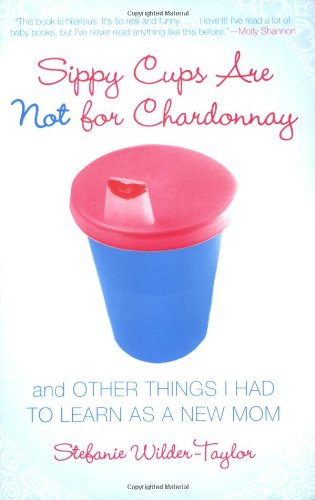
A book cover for Sippy Cups Are Not for Chardonnay: And Other Things I Had to Learn as a New Mom; Stefanie Wilder-Taylor; Humor & Entertainment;